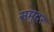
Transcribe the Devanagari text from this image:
समुदर